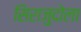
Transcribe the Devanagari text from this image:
सिराजुदोला